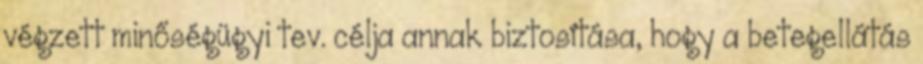
végzett minőségügyi tev. célja annak biztosítása, hogy a betegellátás